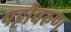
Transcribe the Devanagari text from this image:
पट्टीवरुण